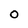
Character: O